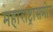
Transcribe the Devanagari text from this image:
महाराष्ट्रासमोर